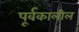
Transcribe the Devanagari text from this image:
पूर्वकालील